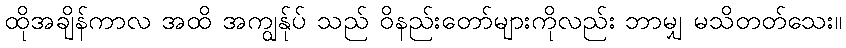
ထိုအချိန်ကာလ အထိ အကျွန်ုပ် သည် ဝိနည်းတော်များကိုလည်း ဘာမျှ မသိတတ်သေး။